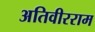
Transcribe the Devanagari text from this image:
अतिवीरराम